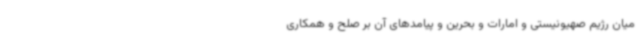
میان رژیم صهیونیستی و امارات و بحرین و پیامدهای آن بر صلح و همکاری